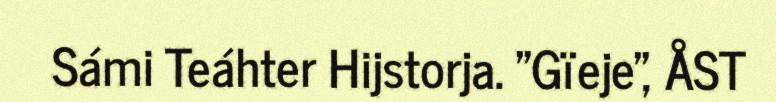
Sámi Teáhter Hijstorja. "Gïeje", ÅST